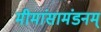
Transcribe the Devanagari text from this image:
मीमांसामंडनम्